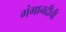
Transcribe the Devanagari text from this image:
गंगानदीची